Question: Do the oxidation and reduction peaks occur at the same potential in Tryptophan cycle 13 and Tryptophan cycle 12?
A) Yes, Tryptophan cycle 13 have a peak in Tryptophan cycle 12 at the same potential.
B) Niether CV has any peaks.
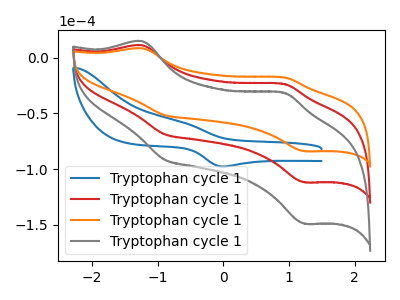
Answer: <think>The blue curve "Tryptophan cycle 11" has an anodic peak at (-0.60V, -58.20uA) and a cathodic peak at (-0.05V, -97.60uA). The red curve "Tryptophan cycle 12" has anodic peaks at (-1.25V, 10.95uA) (0.90V, -23.65uA) and cathodic peaks at (-0.90V, -68.75uA) (1.25V, -111.80uA). The orange curve "Tryptophan cycle 13" has anodic peaks at (-1.25V, 8.25uA) (0.90V, -17.75uA) and cathodic peaks at (-0.90V, -51.60uA) (1.25V, -83.90uA). The gray curve "Tryptophan cycle 14" has anodic peaks at (-1.25V, 21.95uA) (0.90V, -47.35uA) and cathodic peaks at (-0.90V, -137.50uA) (1.25V, -223.55uA).</think>
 <answer>A) Yes, "Tryptophan cycle 13" have a peak in "Tryptophan cycle 12" at the same potential.</answer>
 <eval>A</eval>